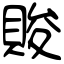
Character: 賐